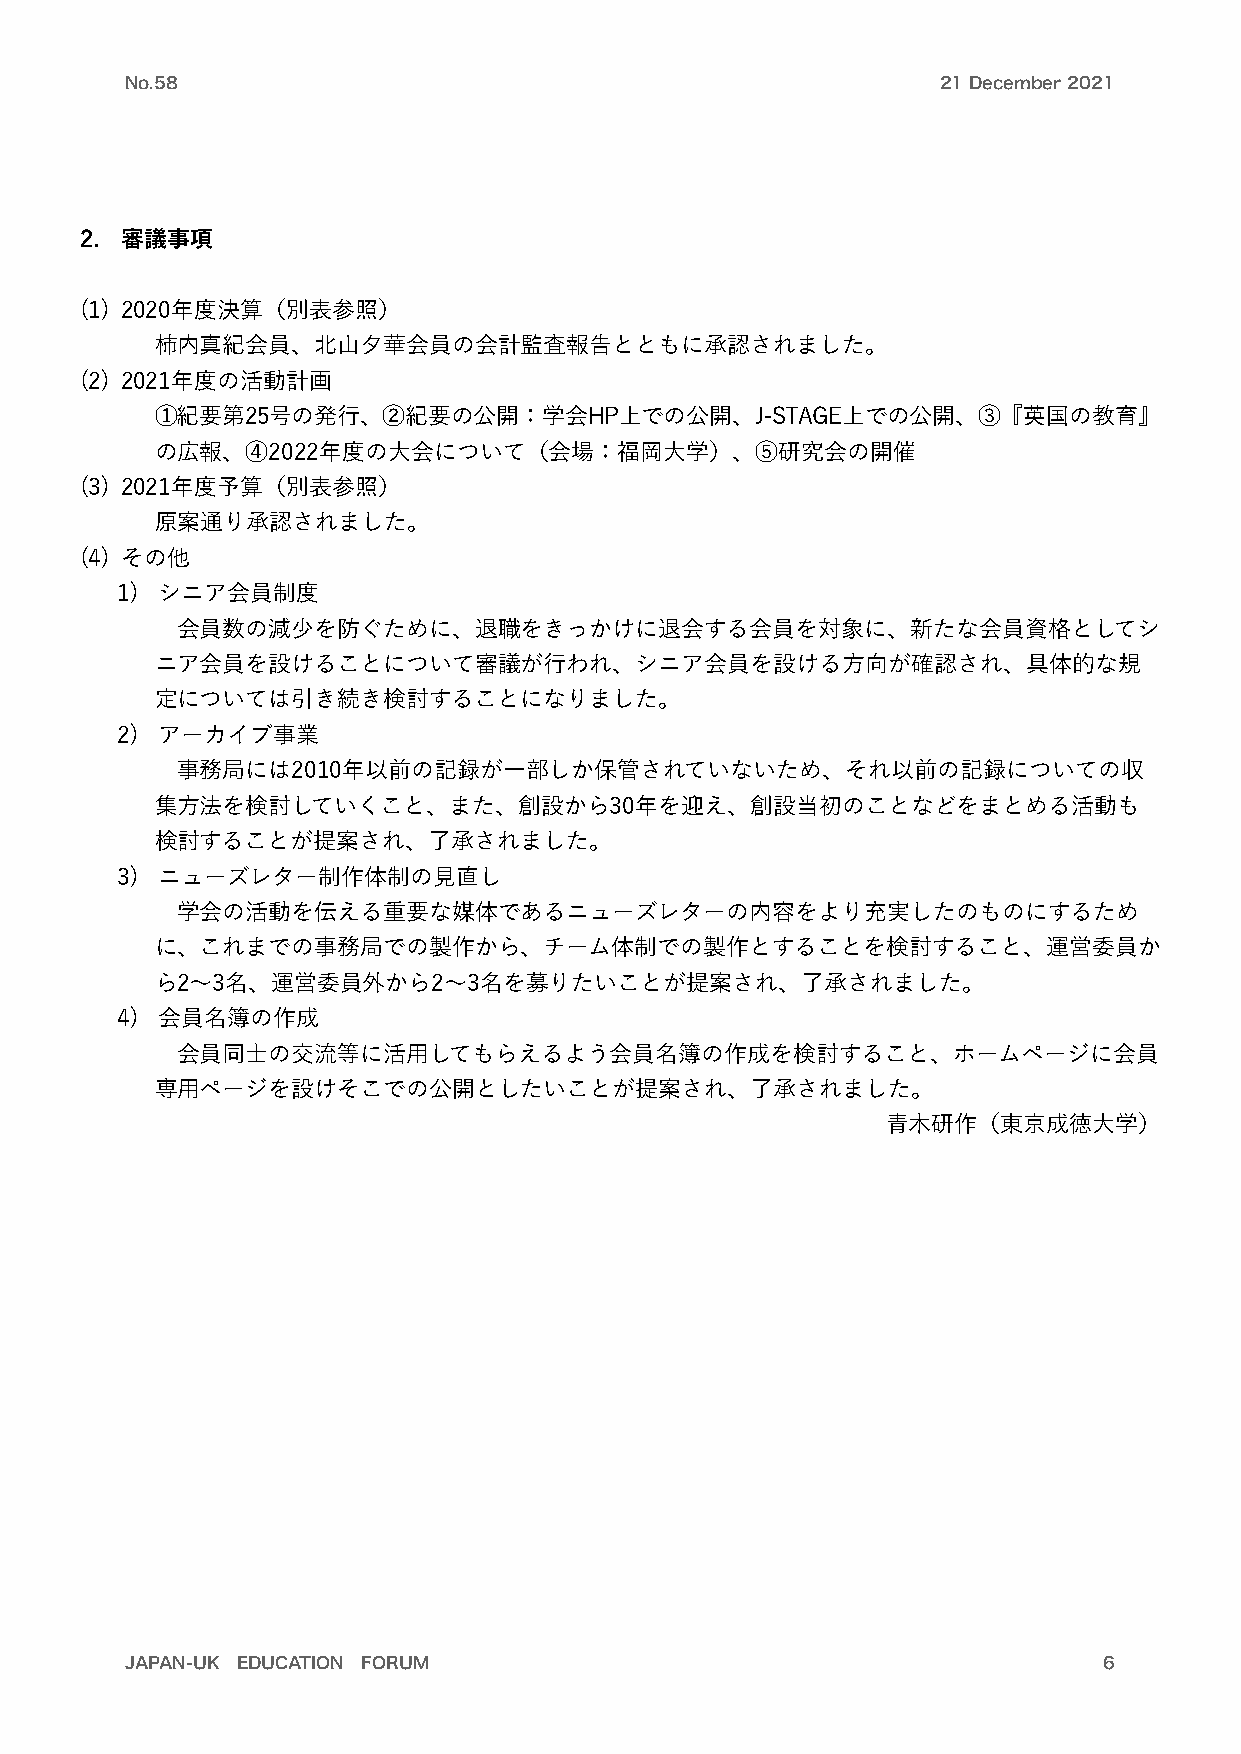
No.58                                                 21 December 2021
 2. 審議事項
 (1) 2020年度決算（別表参照）
 柿内真紀会員、北山夕華会員の会計監査報告とともに承認されました。
 (2) 2021年度の活動計画
 ①紀要第25号の発行、②紀要の公開：学会HP上での公開、J-STAGE上での公開、③『英国の教育』
 の広報、④2022年度の大会について（会場：福岡大学）、⑤研究会の開催
 (3) 2021年度予算（別表参照）
 原案通り承認されました。
 (4) その他
 1) シニア会員制度
 会員数の減少を防ぐために、退職をきっかけに退会する会員を対象に、新たな会員資格としてシ
 ニア会員を設けることについて審議が行われ、シニア会員を設ける方向が確認され、具体的な規
 定については引き続き検討することになりました。
 2) アーカイブ事業
 事務局には2010年以前の記録が一部しか保管されていないため、それ以前の記録についての収
 集方法を検討していくこと、また、創設から30年を迎え、創設当初のことなどをまとめる活動も
 検討することが提案され、了承されました。
 3) ニューズレター制作体制の見直し
 学会の活動を伝える重要な媒体であるニューズレターの内容をより充実したのものにするため
 に、これまでの事務局での製作から、チーム体制での製作とすることを検討すること、運営委員か
 ら2〜3名、運営委員外から2〜3名を募りたいことが提案され、了承されました。
 4) 会員名簿の作成
 会員同士の交流等に活用してもらえるよう会員名簿の作成を検討すること、ホームページに会員
 専用ページを設けそこでの公開としたいことが提案され、了承されました。
 青木研作（東京成徳大学）
 JAPAN-UK EDUCATION FORUM                                         6